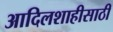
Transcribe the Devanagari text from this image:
आदिलशाहीसाठी